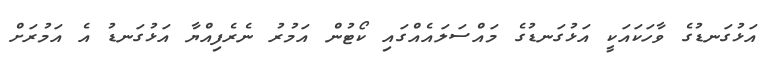
އަޅުގަނޑުގެ ވާހަކައަކީ އަޅުގަނޑުގެ މައްސަލައެއްގައި ކޯޓުން އަމުރު ނެރެފިއްޔާ އަޅުގަނޑު އެ އަމުރަށް